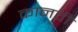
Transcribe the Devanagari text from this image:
कानवी